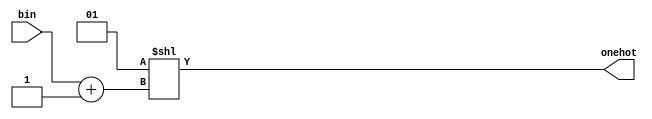
module bin2onehot #(parameter DW = 32) (
	input  [NB-1:0] bin , // unsigned binary input
	output [DW-1:0] onehot // one hot output vector
);

	parameter NB = $clog2(DW);

	`ifdef OPTIMISED
		integer i;
		reg [DW-1:0] ronehot;
		always @(*) begin
			for(i = 0; i < DW; i = i + 1)
				ronehot[i] = (bin[NB-1:0] == i); 
		end
		assign onehot = ronehot;
	`else 
		assign onehot = (1<< (bin+1));
	`endif
endmodule